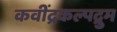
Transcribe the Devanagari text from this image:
कवींद्रकल्पद्रुम